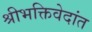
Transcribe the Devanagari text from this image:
श्रीभक्तिवेदांत